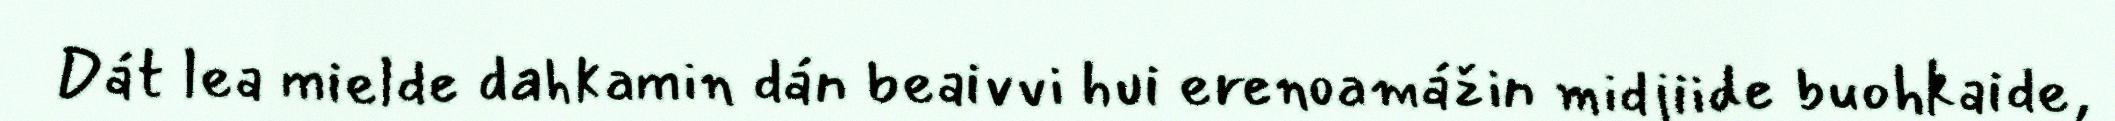
Dát lea mielde dahkamin dán beaivvi hui erenoamážin midjiide buohkaide,